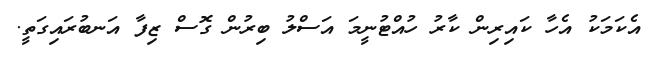
އެކަމަކު އެހާ ކައިރިން ކާރު ހުއްޓުނީމަ އަސްލު ބިރުން ގޮސް ޒިފާ އަނބުރައިގަތީ.